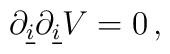
\partial_{\underline{i}} \partial_{\underline{i}}V=0\, ,